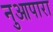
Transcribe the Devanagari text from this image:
नुआपारा